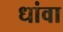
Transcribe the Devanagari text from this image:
धांवा